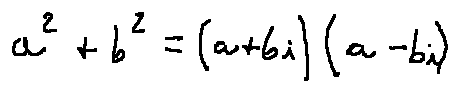
a ^ { 2 } + b ^ { 2 } = ( a + b i ) ( a - b i )